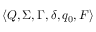
\langle Q , \Sigma , \Gamma , \delta , q _ { 0 } , F \rangle